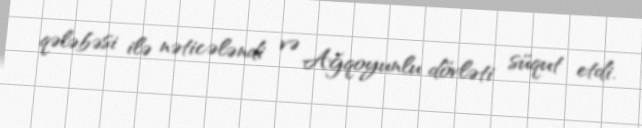
qələbəsi ilə nəticələndi və Ağqoyunlu dövləti süqut etdi.